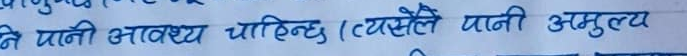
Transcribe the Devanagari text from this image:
ने पानी आवश्यक चाहिन्छ (त्यसैले पानी अमुल्य